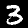
Label: 3